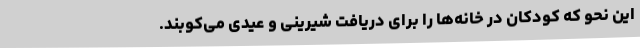
این نحو که کودکان در خانه‌ها را برای دریافت شیرینی و عیدی می‌کوبند.